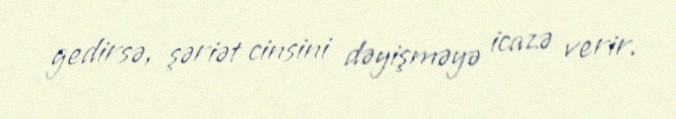
gedirsə, şəriət cinsini dəyişməyə icazə verir.